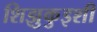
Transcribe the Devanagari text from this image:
शिझुकुइशी